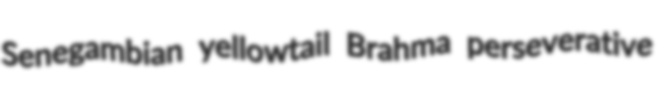
Senegambian yellowtail Brahma perseverative